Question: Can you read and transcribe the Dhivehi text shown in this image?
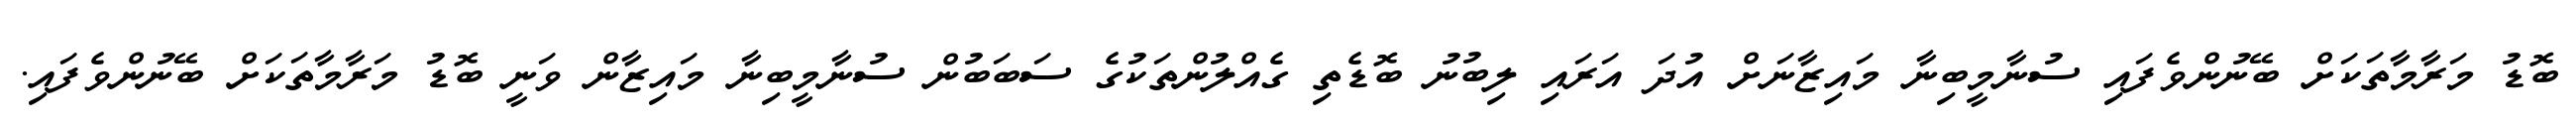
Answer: ބޮޑު މަރާމާތަކަށް ބޭނުންވެފައި ސުނާމީބިނާ މައިޒާނަށް އުދަ އަރައި ލިބުނު ބޮޑެތި ގެއްލުންތަކުގެ ސަބަބުން ސުނާމީބިނާ މައިޒާން ވަނީ ބޮޑު މަރާމާތަކަށް ބޭނުންވެފައި.